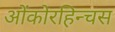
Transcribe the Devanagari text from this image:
ओंकोरहिन्चस